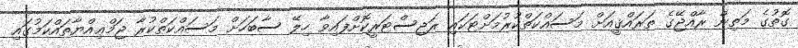
ގޮތުގެ މަތިން ރާއްޖޭގެ ތަރައްޤީއަށް މަސައްކަތްކުރުމަށްޓަކައި ރަޖިސްޓަރީކޮށްފައިވާ ހިލޭ ސާބަހަށް މަސައްކަތްކުރާ ޖަމްޢިއްޔާތައްކަމުގައި